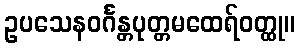
ဥပသေနဝင်္ဂန္တပုတ္တမထေရ်ဝတ္ထု။